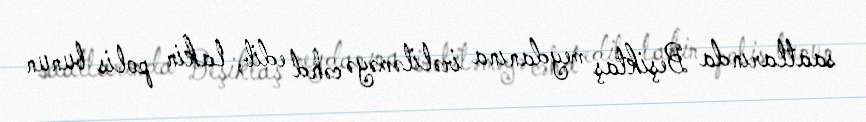
saatlarında Beşiktaş meydanına irəliləməyə cəhd edib, lakin polis bunun